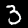
Digit: 3